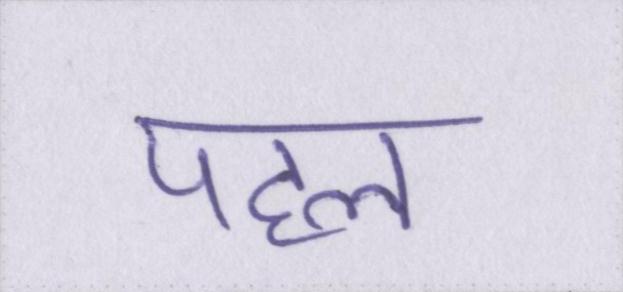
पहल